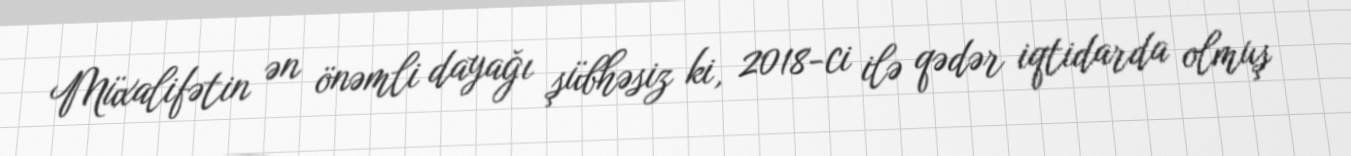
Müxalifətin ən önəmli dayağı şübhəsiz ki, 2018-ci ilə qədər iqtidarda olmuş